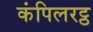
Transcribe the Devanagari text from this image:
कंपिलरट्ठ